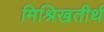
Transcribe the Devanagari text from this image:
मिश्रिखतीर्थ